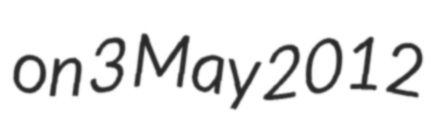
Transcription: on 3 May 2012